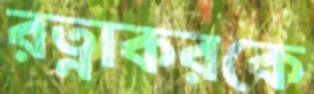
রত্নাকরকে